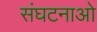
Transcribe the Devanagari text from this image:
संघटनाओ